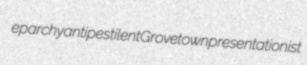
eparchy antipestilent Grovetown presentationist